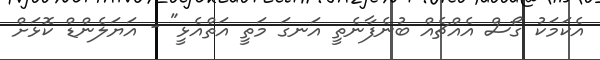
އެކަމަކު ގޯސް އެއްޗެއް ބުނެފާނެތީ އަނގަ މަތީ އަތްއެޅީ" - އަޔަލެންޑް ކޮޅަށް